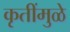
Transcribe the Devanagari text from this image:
कृतींमुळे